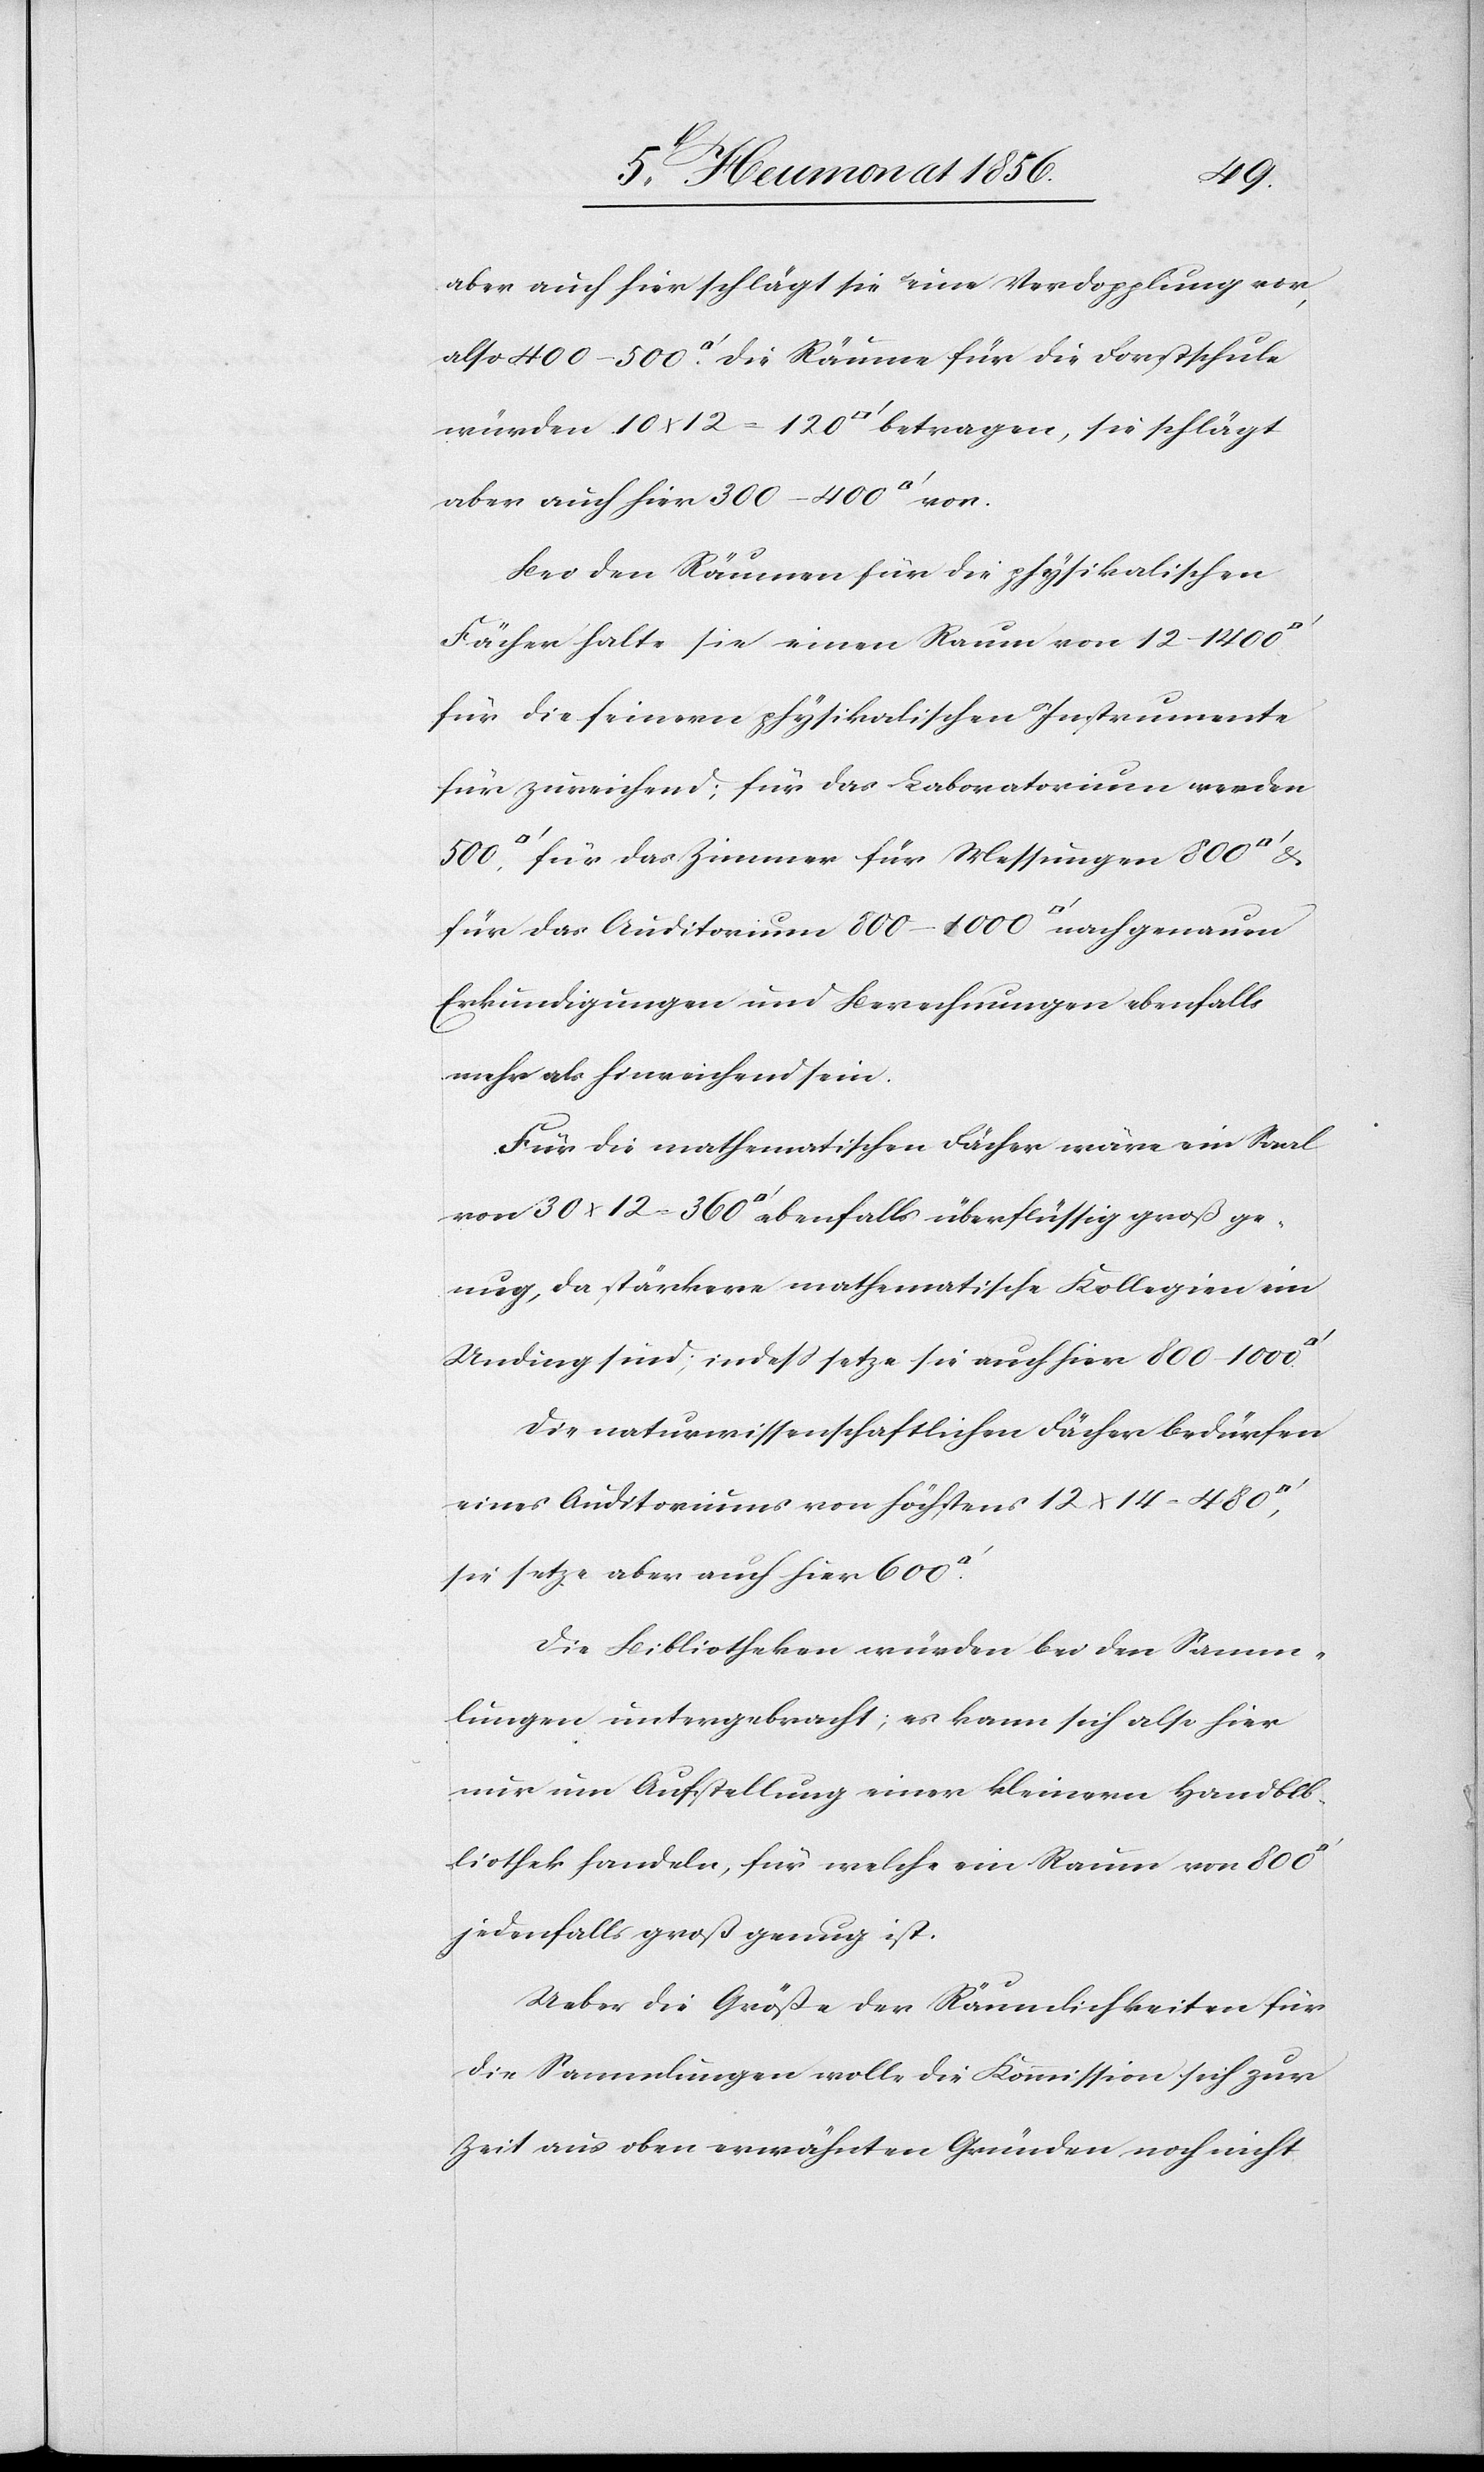
360
aber auch hier schlägt sie eine Verdopplung vor,
also 400–500 [Quadratfuss]. Die Räume für die Forstschule
würden 10 x 12 = 120 [Quadratfuss] betragen, sie schlägt
aber auch hier 300–400
Bei den Räumen für die physikalischen
Fächer halte sie einen Raum von 12–1400
für die feinern physikalischen Instrumente
für zureichend; für das Laboratorium werden
für das Zimmer für Messungen 800
für das Auditorium 800–1000 [Quadratfuss] nach genauen
Erkundigungen und Berechnungen ebenfalls
mehr als hinreichend sein.
Für die mathematischen Fächer wäre ein Saal
genug, da stärkere mathematische Kollegien ein
Unding sind; indeß setze sie auch hier 800–1000
Die naturwissenschaftlichen Fächer bedürfen
eines Auditoriums von höchstens 12 x 14 = 480
sie setze aber auch hier 600
Die Bibliotheken würden bei den Samm¬
lungen untergebracht; es kann sich also hier
nur um Aufstellung einer kleinern Handbib¬
liothek handeln, für welche ein Raum von 800
jedenfalls groß genug ist.
Ueber die Größe der Räumlichkeiten für
die Sammlungen wolle die Kommission sich zur
Zeit aus oben erwähnten Gründen noch nicht